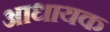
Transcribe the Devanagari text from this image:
आधायक